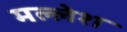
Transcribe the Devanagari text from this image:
मल्लेश